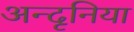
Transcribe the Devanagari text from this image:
अन्दृनिया